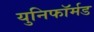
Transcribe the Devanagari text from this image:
युनिफॉर्मड